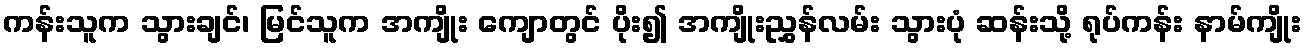
ကန်းသူက သွားချင်၊ မြင်သူက အကျိုး ကျောတွင် ပိုး၍ အကျိုးညွှန်လမ်း သွားပုံ ဆန်းသို့ ရုပ်ကန်း နာမ်ကျိုး